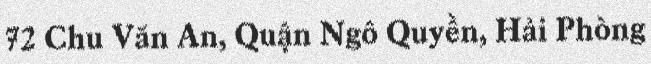
72 Chu Văn An, Quận Ngô Quyền, Hải Phòng